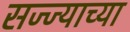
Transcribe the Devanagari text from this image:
सज्ज्याच्या